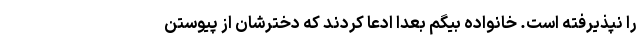
را نپذیرفته است. خانواده بیگم بعدا ادعا کردند که دخترشان از پیوستن